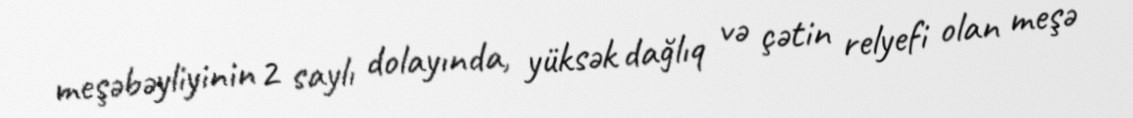
meşəbəyliyinin 2 saylı dolayında, yüksək dağlıq və çətin relyefi olan meşə